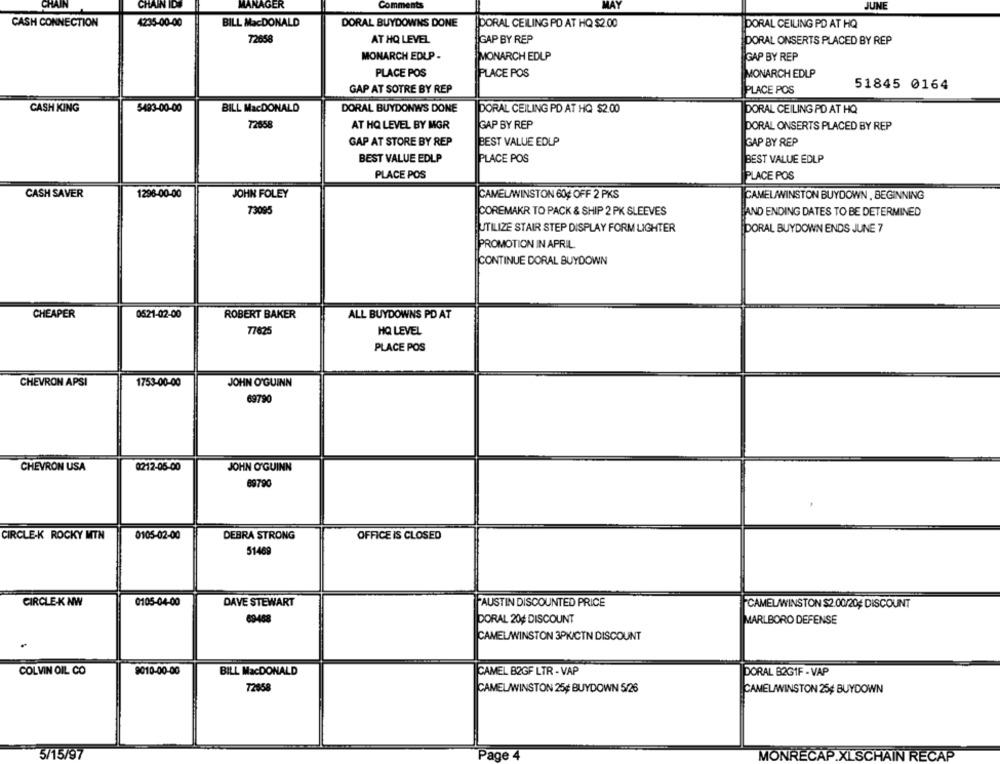
CHAIN
CHAIN ID
MANAGER
Comments
JUNE
CASH CONNECTION
4235-00-00
BILL MacDONALD
DORAL BUYDOWNS DONE
DORAL CEILING PO AT HQ $2.00
DORAL CEILING PO AT HQ
72658
AT HQ LEVEL
GAP BY REP
DORAL ONSERTS PLACED BY REP
MONARCH EDLP -
MONARCH EDLP
GAP BY REP
PLACE POS
PLACE POS
MONARCH EDLP
GAP AT SOTRE BY REP
PLACE POS
51845 0164
5483-00-00
BILL MacDONALD
DORAL BUYDONWS DONE
CASH KING
DORAL CEILING PD AT HQ $2.00
DORAL CEILING PD AT HQ
72558
AT HQ LEVEL BY MGR
GAP BY REP
DORAL ONSERTS PLACED BY REP
GAP AT STORE BY REP
BEST VALUE EDLP
GAP BY REP
BEST VALUE EDLP
PLACE POS
BEST VALUE EDLP
PLACE POS
PLACE POS
CASH SAVER
1296-00-00
JOHN FOLEY
CAMELAWINSTON 604 OFF 2 PKS
CAMELAWINSTON BUYDOWN , BEGINNING
73095
COREMAKR TO PACK & SHIP 2 PK SLEEVES
AND ENDING DATES TO BE DETERMINED
UTILIZE STAIR STEP DISPLAY FORM LIGHTER
DORAL BUYDOWN ENDS JUNE 7
PROMOTION IN APRIL
CONTINUE DORAL BUYDOWN
CHEAPER
0521-02-00
ROBERT BAKER
ALL BUYDOWNS PD AT
77625
HQ LEVEL
PLACE POS
CHEVRON APSI
1753-00-00
JOHN O'GUINN
69790
CHEVRON USA
0212-05-00
JOHN O'GUINN
69790
CIRCLE-K ROCKY MTN
0105-02-00
DEBRA STRONG
OFFICE IS CLOSED
51469
CIRCLE-K NW
0105-04-00
DAVE STEWART
AUSTIN DISCOUNTED PRICE
CAMELWINSTON $2.00/20# DISCOUNT
69-468
DORAL 20# DISCOUNT
MARLBORO DEFENSE
CAMELAWINSTON 3PK/CTN DISCOUNT
COLVIN OIL CO
9010-00-00
BILL MacDONALD
CAMEL B2GF LTR - VAP
DORAL B2GIF - VAP
72658
CAMELAWINSTON 25¢ BUYDOWN 5/26
CAMELWINSTON 25# BUYDOWN
5/15/97
Page
MONRECAP.XLSCHAIN RECAP